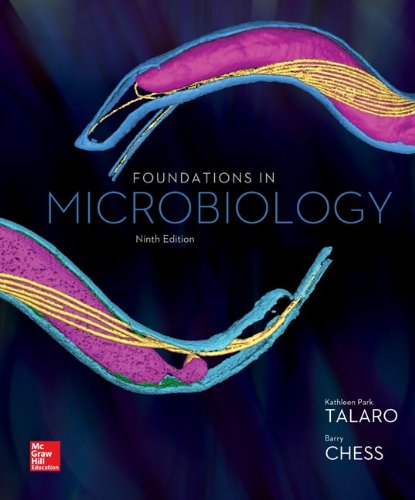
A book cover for Foundations in Microbiology; Kathleen Park Talaro; Medical Books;